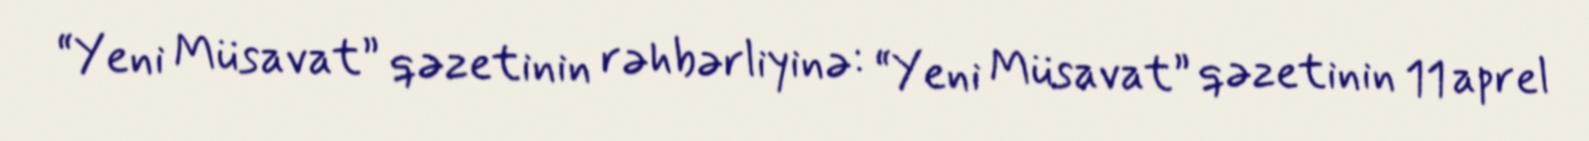
“Yeni Müsavat” qəzetinin rəhbərliyinə: “Yeni Müsavat” qəzetinin 11 aprel